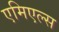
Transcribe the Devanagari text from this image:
एमिएल्स